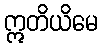
ဣတိယိမေ